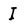
Character: I